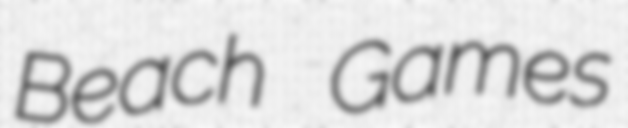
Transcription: Beach Games